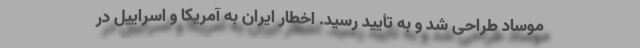
موساد طراحی شد و به تأیید رسید. اخطار ایران به آمریکا و اسراییل در